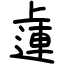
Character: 𨕭